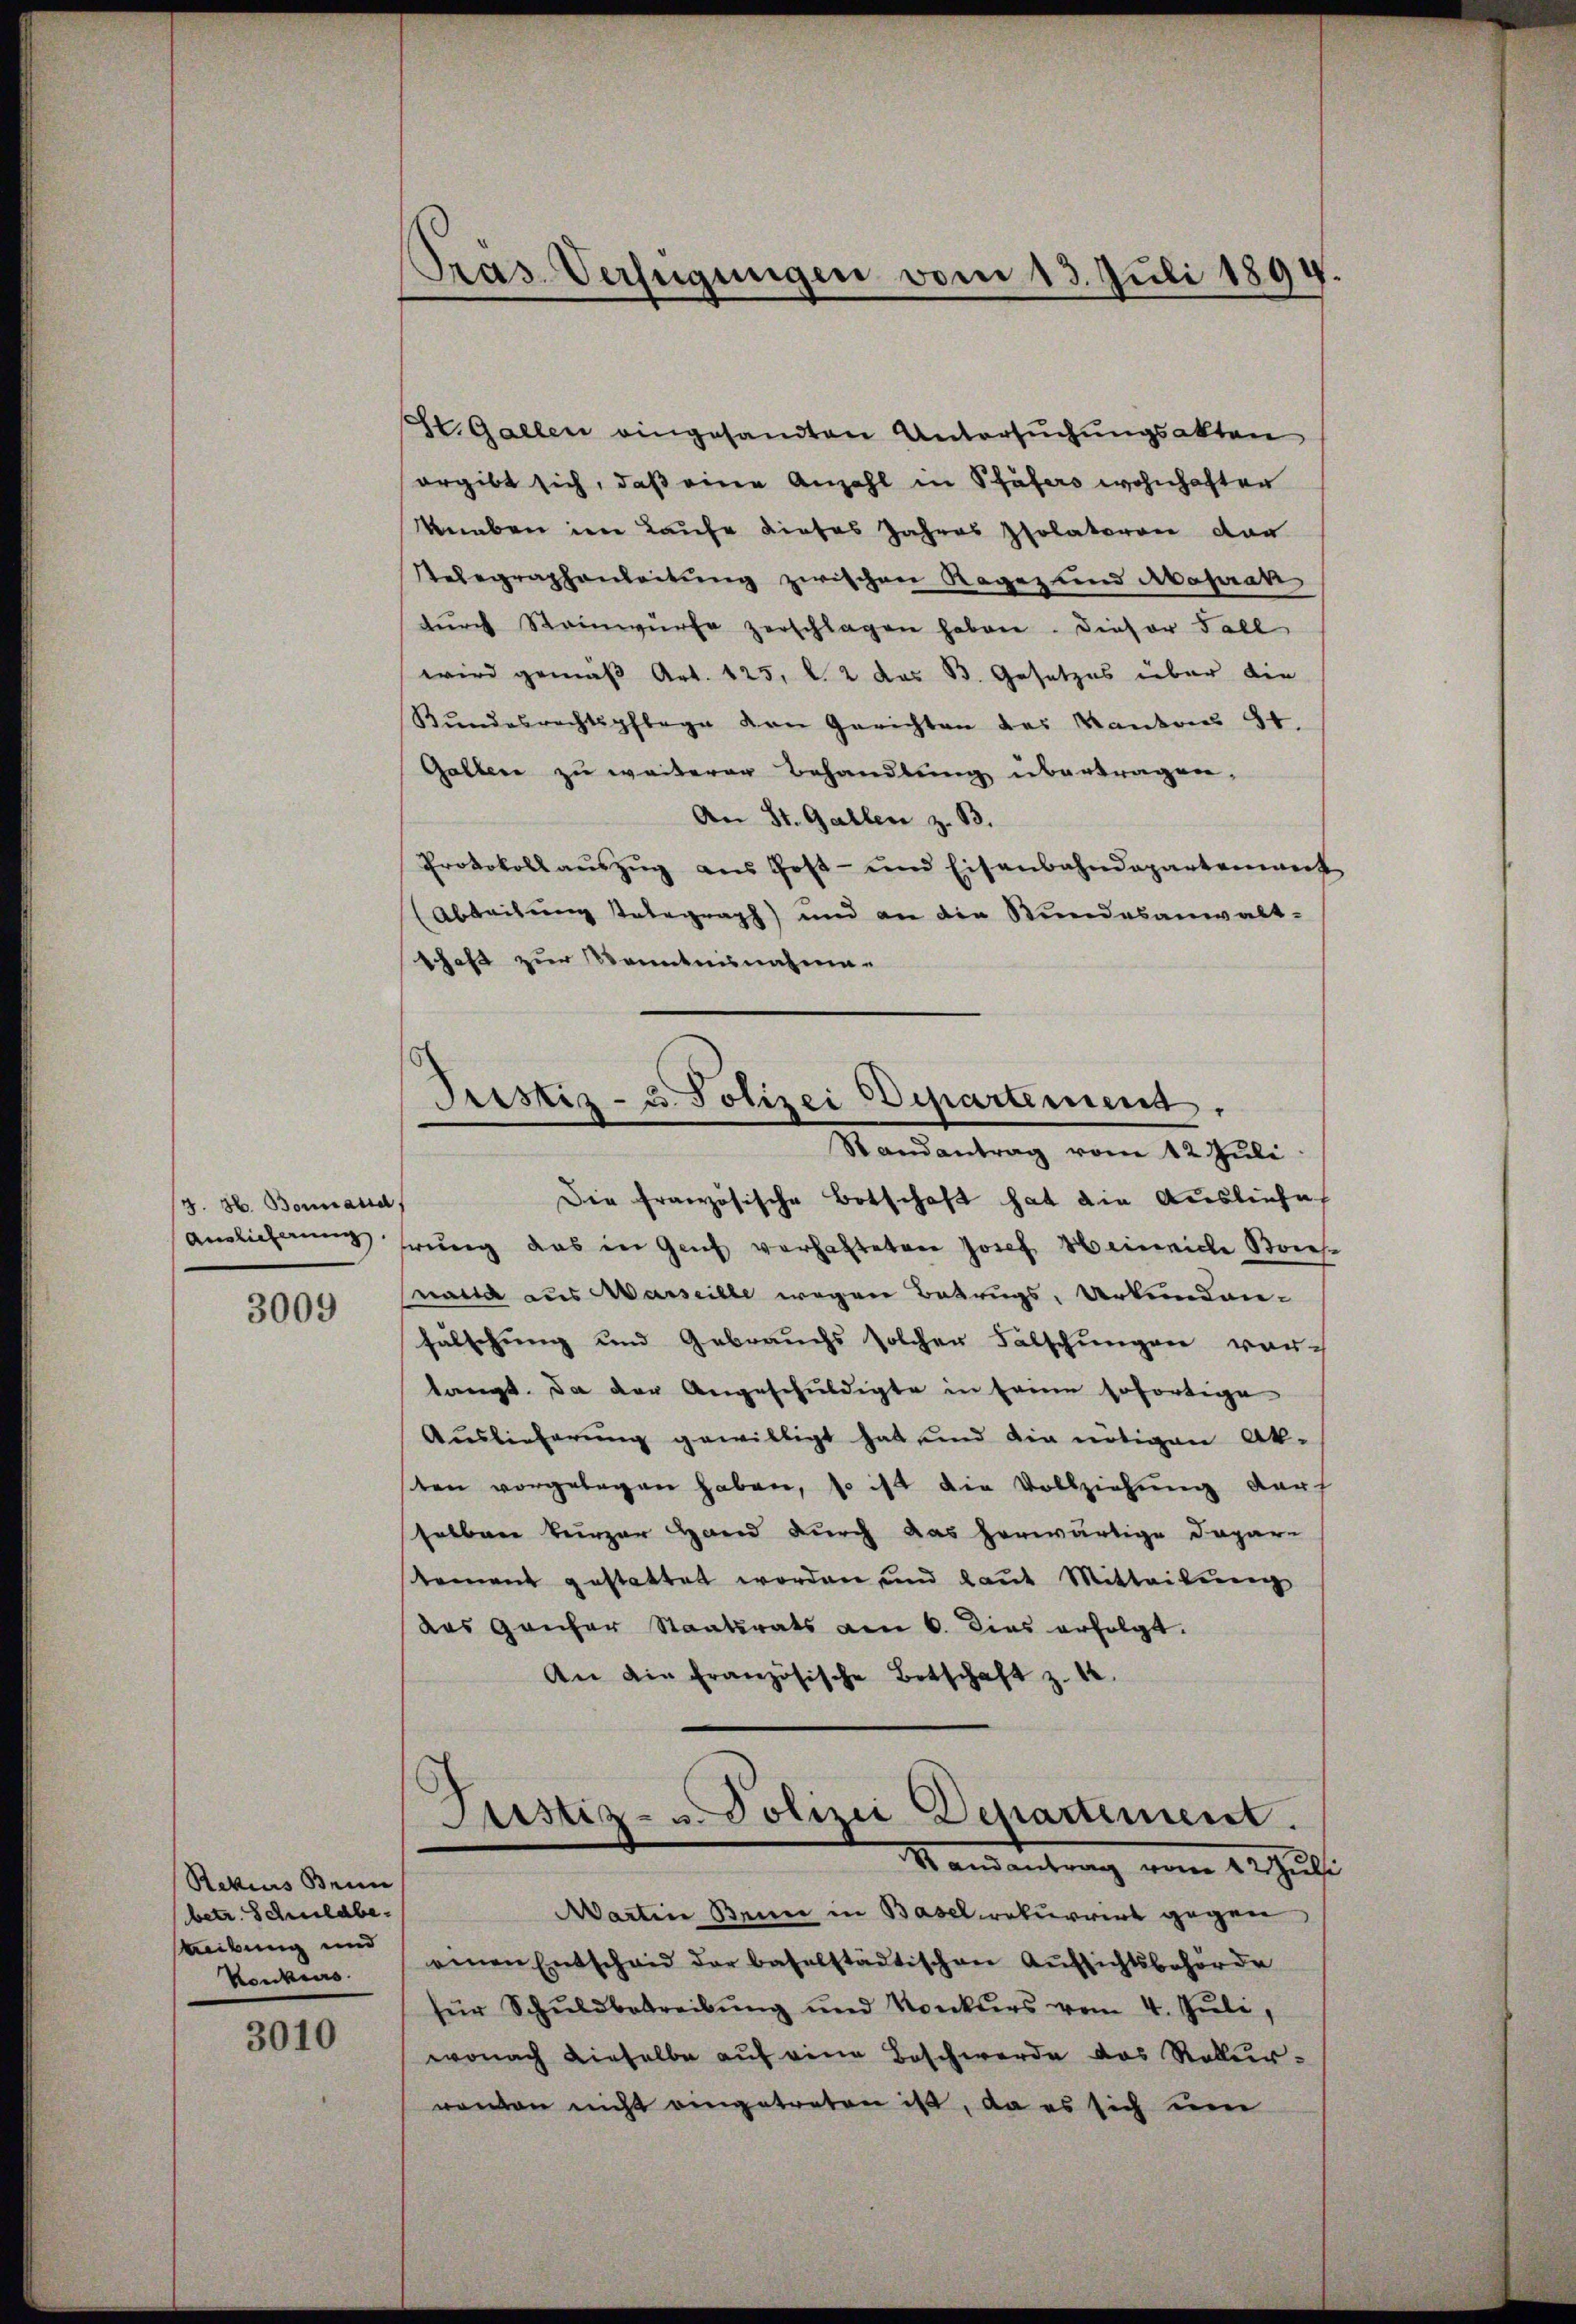
J. H. Bonnand
Ainlicherung

3009

Rekius Brun
betr. Schuldbestreibung und
Konkurs

3010

Pras Verfügungen vom 13. Juli 1894.

St. Gallen eingesandten Untersuchungsakten
ergibt sich, daß eine Anzahl in Pfäfers wohnhafter
Kneben im Laufe dieses Jahres Isolatoren von
Relegraphenleitung zwischen Ragaz und Abaprak
dŭrch Steinwürfe zerschlagen haben. Dieser Fall
wird gemäß Art. 125, l. 2 das B. Gesetzes über die
Kŭndesrechtspflege von Gerichten des Kantons 54.
Gallen zu weiterer Behandlung übertragen,
An St. Gallen z. B.
Protokoll auszug aus Post- und Eisenbahndepartenweit
(Abteilung telegraph) und an die Stundesanwalt-
schaft zur Kenntnisnahmen

Pristiz- u. Polizei Departemend,

Randantrag vom 12. Juli
Die französische Botschaft hat die Ausliefe
hrung das in Genf verhafteten Josef Heinriche Briefnatta aus Marseille wegen Betrugs, Urkundanfälschung und Gebrauchs solchen Fälschungen vor-
langt. Da der Angeschuldigte in seinen sofortige
Auslieferung gewilligt hat und die nötigen Ak-
sten vorgelegen haben, so ist die Vollziehŭng darf
selben kurzer Hand durch das herwärtige Dapar-
koment gestattet worden und laut Mitteilung
das ganzer Staatsrats am 6. dies erfolgt.
An die französische Botschaft z. 14.
Prustiz- u. Polizei Departement.
Randantrag vom 12 Julii
Martin Beine in Basel rekurrirt gegen
einen Entscheid der baselstädtischen Aufsichtsbehörde
für Schŭldbetreibŭng und Konkŭrs vom 4. Jŭli
wonach dieselbe auf eine Beschwerde das Rekurrenten nicht eingetreten ist, da es sich um